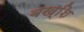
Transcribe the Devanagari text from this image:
बख्शि